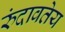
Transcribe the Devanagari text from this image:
रुंदावतेय